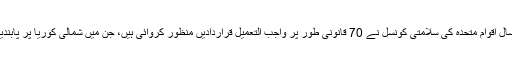
صرف اسی سال اقوامِ متحدہ کی سلامتی کونسل نے 70 قانونی طور پر واجب التعمیل قراردادیں منظور کروائی ہیں، جن میں شمالی کوریا پر پابندیاں شامل ہیں۔